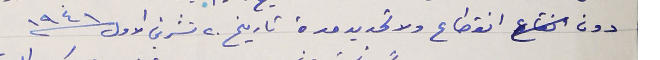
دون انقطاع ولا تحديد مدة تاريخ ٢٠ تشرين الاول سنة ١٩٤١